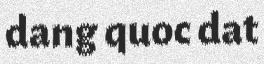
dang quoc dat